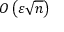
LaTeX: O \left( \varepsilon { \sqrt { n } } \right)